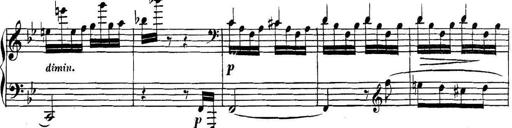
Title: Collected Piano Sonatas
Composer: Muzio Clementi